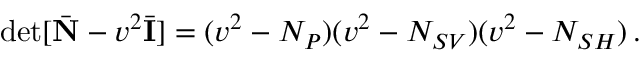
\operatorname* { d e t } [ \bar { \bf N } - v ^ { 2 } \bar { \bf I } ] = ( v ^ { 2 } - N _ { P } ) ( v ^ { 2 } - N _ { S V } ) ( v ^ { 2 } - N _ { S H } ) \, .